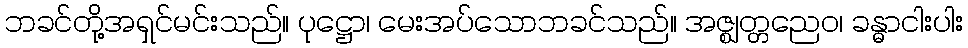
ဘခင်တို့အရှင်မင်းသည်။ ပုဋ္ဌော၊ မေးအပ်သောဘခင်သည်။ အဇ္ဈတ္တညေဝ၊ ခန္ဓာငါးပါး